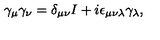
\gamma _ { \mu } \gamma _ { \nu } = \delta _ { \mu \nu } I + i \epsilon _ { \mu \nu \lambda } \gamma _ { \lambda } ,